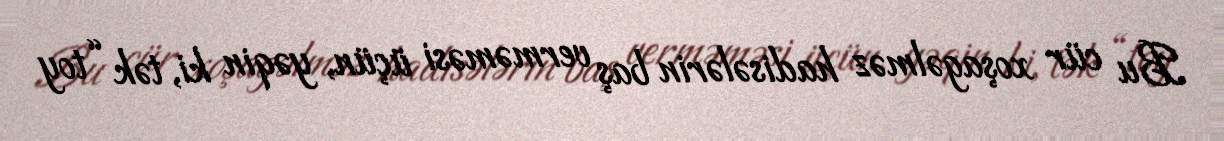
Bu cür xoşagəlməz hadisələrin baş verməməsi üçün, yəqin ki, tək “toy